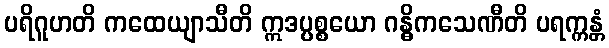
ပရိဂူဟတိ ကထေယျာသီတိ ဣဒပ္ပစ္စယော ဂန္ဓိကသေဏီတိ ပရက္ကန္တံ